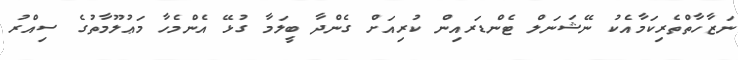
ނަޒާހާތްތެރިކަމާއެކު ނޭޝަނަލް ޓެންޑަރއިން ކުރިއަށް ގެންދާ ބީލަމާ ގުޅޭ އެންމެހާ މަޢުލޫމާތުގެ ސިއްރު